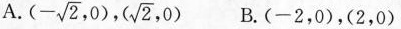
A. (- \sqrt{2},0)， (\sqrt{2},0) B.(-2，0)，(2，0)